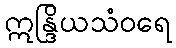
ဣန္ဒြိယသံဝရေ